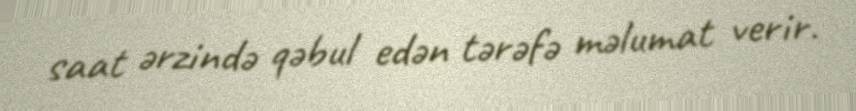
saat ərzində qəbul edən tərəfə məlumat verir.